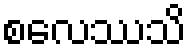
စလေဿသိ